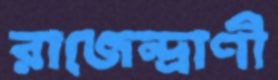
রাজেন্দ্রাণী